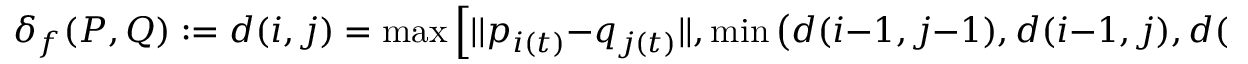
\delta _ { f } ( P , Q ) : = d ( i , j ) = \operatorname* { m a x } \Big [ | | p _ { i ( t ) } - q _ { j ( t ) } | | , \operatorname* { m i n } \big ( d ( i - 1 , j - 1 ) , d ( i - 1 , j ) , d ( i , j - 1 ) \big ) \Big ]